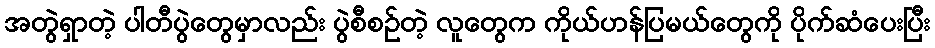
အတွဲရှာတဲ့ ပါတီပွဲတွေမှာလည်း ပွဲစီစဉ်တဲ့ လူတွေက ကိုယ်ဟန်ပြမယ်တွေကို ပိုက်ဆံပေးပြီး